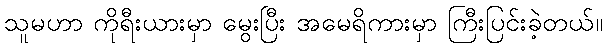
သူမဟာ ကိုရီးယားမှာ မွေးပြီး အမေရိကားမှာ ကြီးပြင်းခဲ့တယ်။